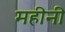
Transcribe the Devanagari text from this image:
महीनी